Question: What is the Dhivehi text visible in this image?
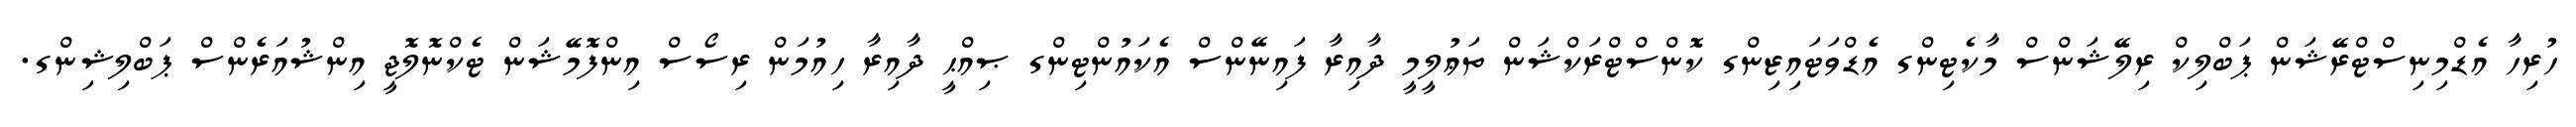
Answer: ހުރިހާ އެޑްމިނިސްޓްރޭޝަން ޕަބްލިކް ރިލޭޝަންސް މާކެޓިންގ އެޑްވަޓައިޒިންގ ކޮންސްޓްރަކްޝަން ތަޢުލީމީ ދާއިރާ ފައިނޭންސް އެކައުންޓިންގ ޞިއްޙީ ދާއިރާ ހިއުމަން ރިސޯސް އިންފޮމޭޝަން ޓެކްނޮލޮޖީ އިންޝުއަރެންސް ޕަބްލިޝިންގ.